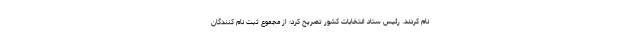
نام کردند. رئیس ستاد انتخابات کشور تصریح کرد: از مجموع ثبت نام کنندگان